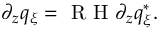
\partial _ { z } q _ { \xi } = \textrm { R H } \partial _ { z } q _ { \xi } ^ { * } .